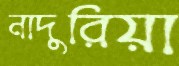
নাদুরিয়া